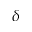
\delta